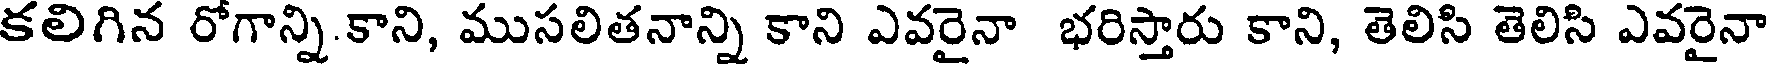
కలిగిన రోగాన్ని.కాని, ముసలితనాన్ని కాని ఎవరైనా భరిస్తారు కాని, తెలిసి తెలిసి ఎవరైనా